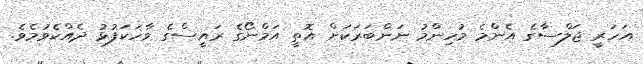
އަހަރީ ޖަލްސާގެ އެންމެ މުހިންމު ނަންބަރަކަށް އޮތީ އަމްނޯގެ ރައީސްގެ ވާހަކަފުޅު ދެއްކެވުމެވެ.